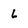
Character: 6